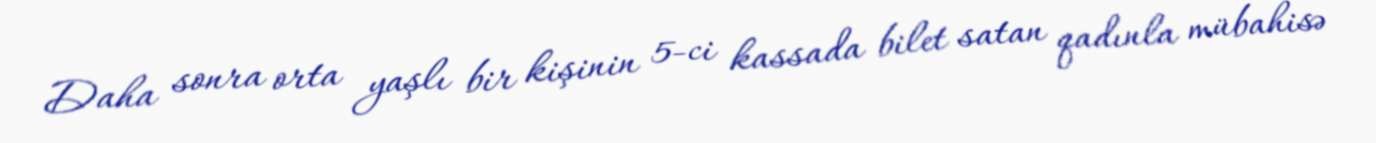
Daha sonra orta yaşlı bir kişinin 5-ci kassada bilet satan qadınla mübahisə